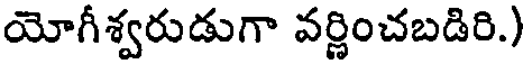
యోగీశ్వరుడుగా వర్ణించబడిరి.)